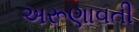
અરૂણાવતી